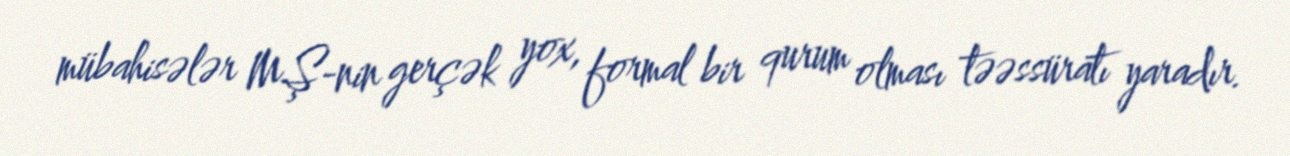
mübahisələr MŞ-nin gerçək yox, formal bir qurum olması təəssüratı yaradır.